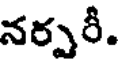
నర్పరీ.